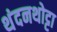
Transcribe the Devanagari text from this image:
थंदनथोट्टा